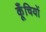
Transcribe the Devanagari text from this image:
कूँचियों